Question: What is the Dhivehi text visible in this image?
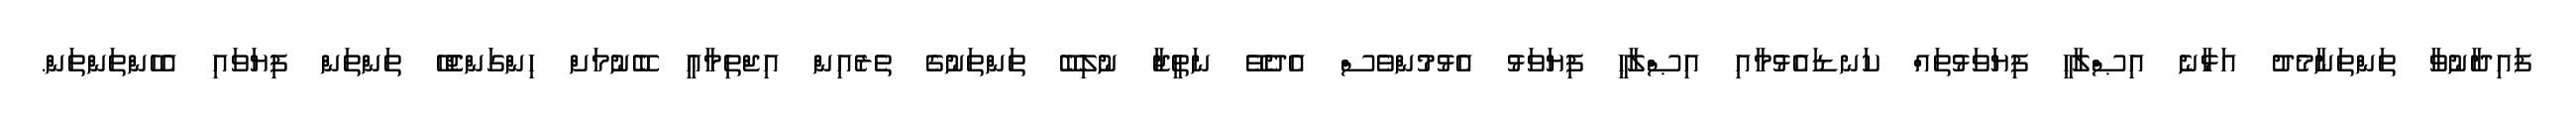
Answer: ފައިދާނުވާ ތަންތަނާމެދު އަޅާނެ އިޞްލާޙީ ފިޔަވަޅުތައް ކަނޑައެޅުމާއި އިޞްލާޙީ ފިޔަވަޅު އެޅުމުންވެސް އެދެވޭ ނަތީޖާ ނުލިބޭ ތަންތަނުގެ ތެރެއިން އިޖްތިމާޢީ ބޭނުމަށް ހިންގަންޖެހޭ ތަންތަން ފިޔަވައި އެހެންތަންތަން.